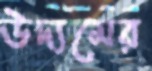
উদ্যমের